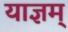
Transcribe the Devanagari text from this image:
याज्ञम्